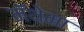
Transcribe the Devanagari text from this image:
मॅथेमा